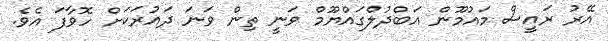
އޭރު ރައީސް މައުމޫން އަބްދުލްގައްޔޫމް ވަނީ ތިން ވަނަ ދައުރަކަށް ހޮވާފަ އެވެ.